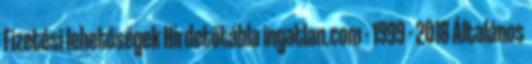
Fizetési lehetőségek Hirdetőtábla ingatlan.com - 1999 - 2018 Általános